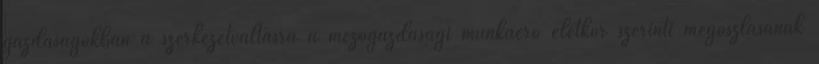
gazdaságokban a szerkezetváltásra a mezőgazdasági munkaerő életkor szerinti megoszlásának